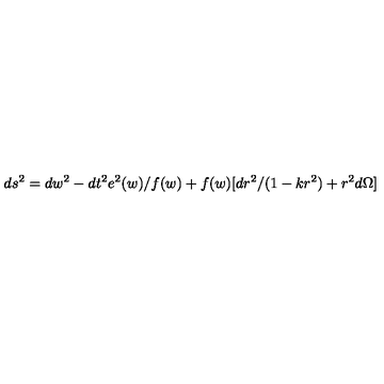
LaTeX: d s ^ { 2 } = d w ^ { 2 } - d t ^ { 2 } e ^ { 2 } ( w ) / f ( w ) + f ( w ) [ d r ^ { 2 } / ( 1 - k r ^ { 2 } ) + r ^ { 2 } d \Omega ]